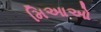
મિઆઓ